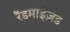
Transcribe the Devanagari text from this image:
रैंडमाईज़ड